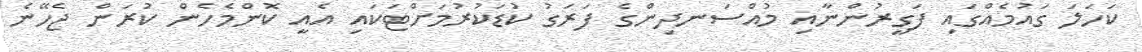
ކަހަލަ ގައުމެއްގައި ފަގީރުންނާއި މުއްސަނދިންގެ ފަރަގު ކުޑަކުރުމަށްޓަކައި އެއީ ކޮންމެހެން ކުރަން ޖެހޭނެ